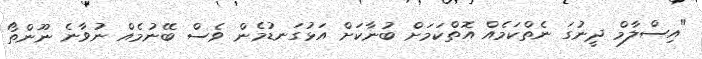
"އިސްލާމް ދީނުގަ ނެތްކަމެއް އޮތްކަމަށް ބުނާކަށް އަޅުގަނޑުމެން ވެސް ބޭނުމެއް ނުވާނެ ނޫންތޯ